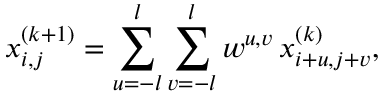
x _ { i , j } ^ { ( k + 1 ) } = \sum _ { u = - l } ^ { l } \sum _ { v = - l } ^ { l } w ^ { u , v } \, x _ { i + u , j + v } ^ { ( k ) } ,